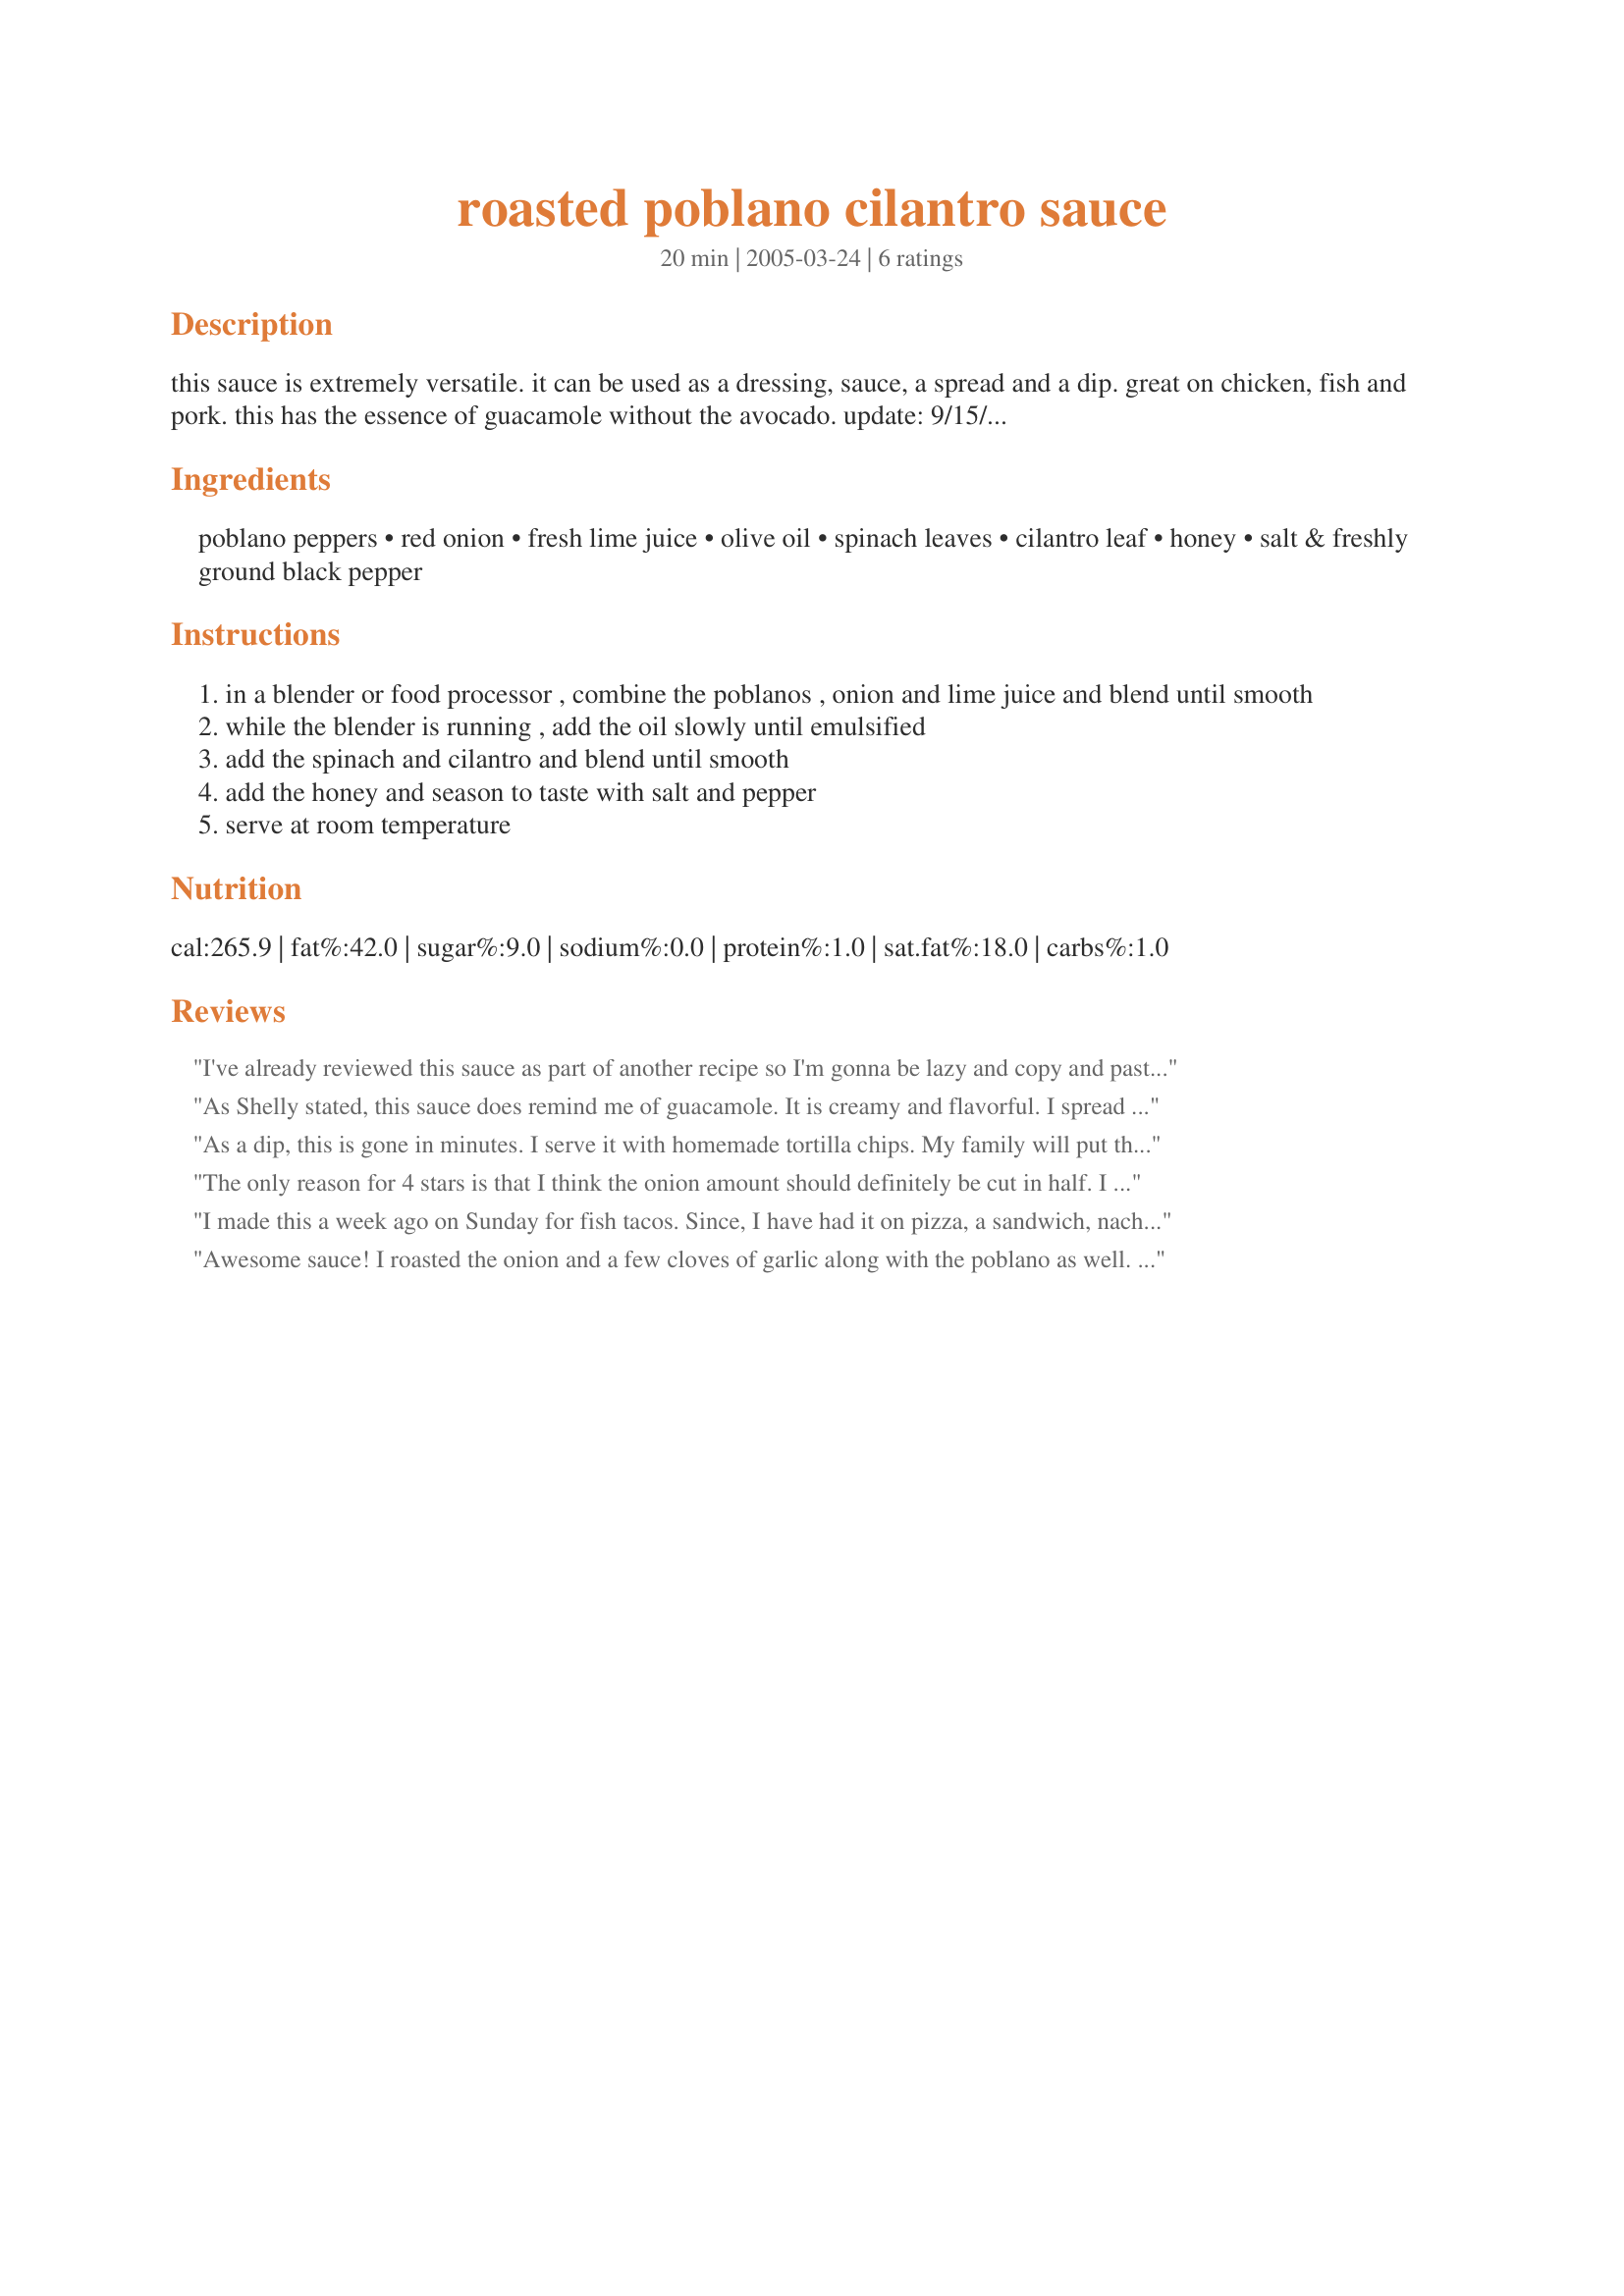
roasted poblano cilantro sauce
Preparation time: 20 minutes

this sauce is extremely versatile. it can be used as a dressing, sauce, a spread and a dip. great on chicken, fish and pork.
this has the essence of guacamole without the avocado. update: 9/15/2006- adopted from the recipezaar account.

Ingredients:
poblano peppers, red onion, fresh lime juice, olive oil, spinach leaves, cilantro leaf, honey, salt & freshly ground black pepper

Steps:
in a blender or food processor , combine the poblanos , onion and lime juice and blend until smooth
while the blender is running , add the oil slowly until emulsified
add the spinach and cilantro and blend until smooth
add the honey and season to taste with salt and pepper
serve at room temperature

Reviews:
I've already reviewed this sauce as part of another recipe so I'm gonna be lazy and copy and paste: OMG this sauce. I swear it tastes of guacamole without any avocado in it -- it is amazing that way. I found myself using the leftover sauce in various ways and it worked every single time and I've simply become a slave to the perfection that is this sauce. For example, I would tie my grandma's shoelaces together when she wasn't looking if it would help me get to the sauce before her -- I'm evil that way ;).
As Shelly stated, this sauce does remind me of guacamole. It is creamy and flavorful. I spread some on flatbreads; used some to marinate chicken breasts prior to grilling; and blended some with a bit more oil and used as a dressing on a simple salad. Mmmm. Each had a great flavor punch.
As a dip, this is gone in minutes. I serve it with homemade tortilla chips. My family will put this on just about anything. Our new favorite is using it as enchilada sauce. Wonderful stuff!
The only reason for 4 stars is that I think the onion amount should definitely be cut in half. I love onions and thought it dominated all of the other flavors. My husband agreed. Other than that though, it was delicious! Served over some grilled chicken, and I think it will be nice on scrambled eggs like someone else suggested :) :)
I made this a week ago on Sunday for fish tacos. Since, I have had it on pizza, a sandwich, nachos and my eggs this morning. Just an awesome sauce! I added a couple cloves of garlic cuz I love it...thanks so much for posting, I will make this many times again!
Awesome sauce! I roasted the onion and a few cloves of garlic along with the poblano as well. Check out how I used it on my blog at http://www.WhatRockyCooks.com
Oh, and by the way I can't wait to try the leftover sauce on my scrambled eggs in the morning!
